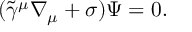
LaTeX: ( \tilde { \gamma } ^ { \mu } \nabla _ { \mu } + \sigma ) \Psi = 0 .